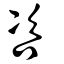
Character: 咨